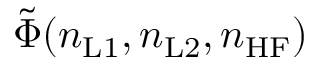
\tilde { \Phi } ( n _ { \mathrm { L 1 } } , n _ { \mathrm { L 2 } } , n _ { \mathrm { H F } } )